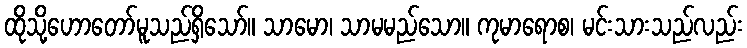
ထိုသို့ဟောတော်မူသည်ရှိသော်။ သာမော၊ သာမမည်သော။ ကုမာရောစ၊ မင်းသားသည်လည်း